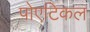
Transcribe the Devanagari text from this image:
पोएटिकल